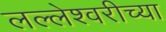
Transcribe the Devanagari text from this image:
लल्लेश्वरीच्या